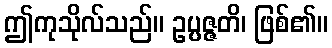
ဤကုသိုလ်သည်။ ဥပ္ပဇ္ဇတိ၊ ဖြစ်၏။